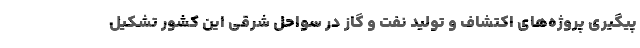
پیگیری پروژه‌های اکتشاف و تولید نفت و گاز در سواحل شرقی این کشور تشکیل